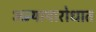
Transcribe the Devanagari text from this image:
अन्यायारोधात